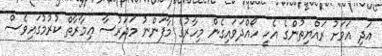
އަދި އަވަށު ރައްޔިތުންގެ އެހީ ހޯއްދަވައިގެން މިހާރުގެ މާފަންނު މަދަރުސާ ޢިމާރާތް ކުރުމުގައިވެސް